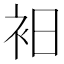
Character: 衵